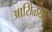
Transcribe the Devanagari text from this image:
आरोिळया